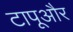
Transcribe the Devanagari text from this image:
टापूऔर